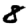
Digit: 8